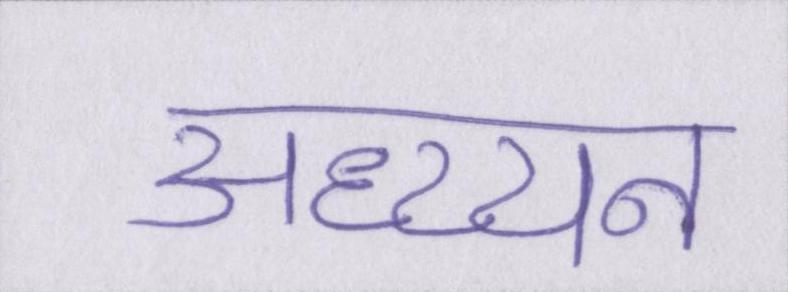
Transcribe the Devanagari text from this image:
अध्य्यन